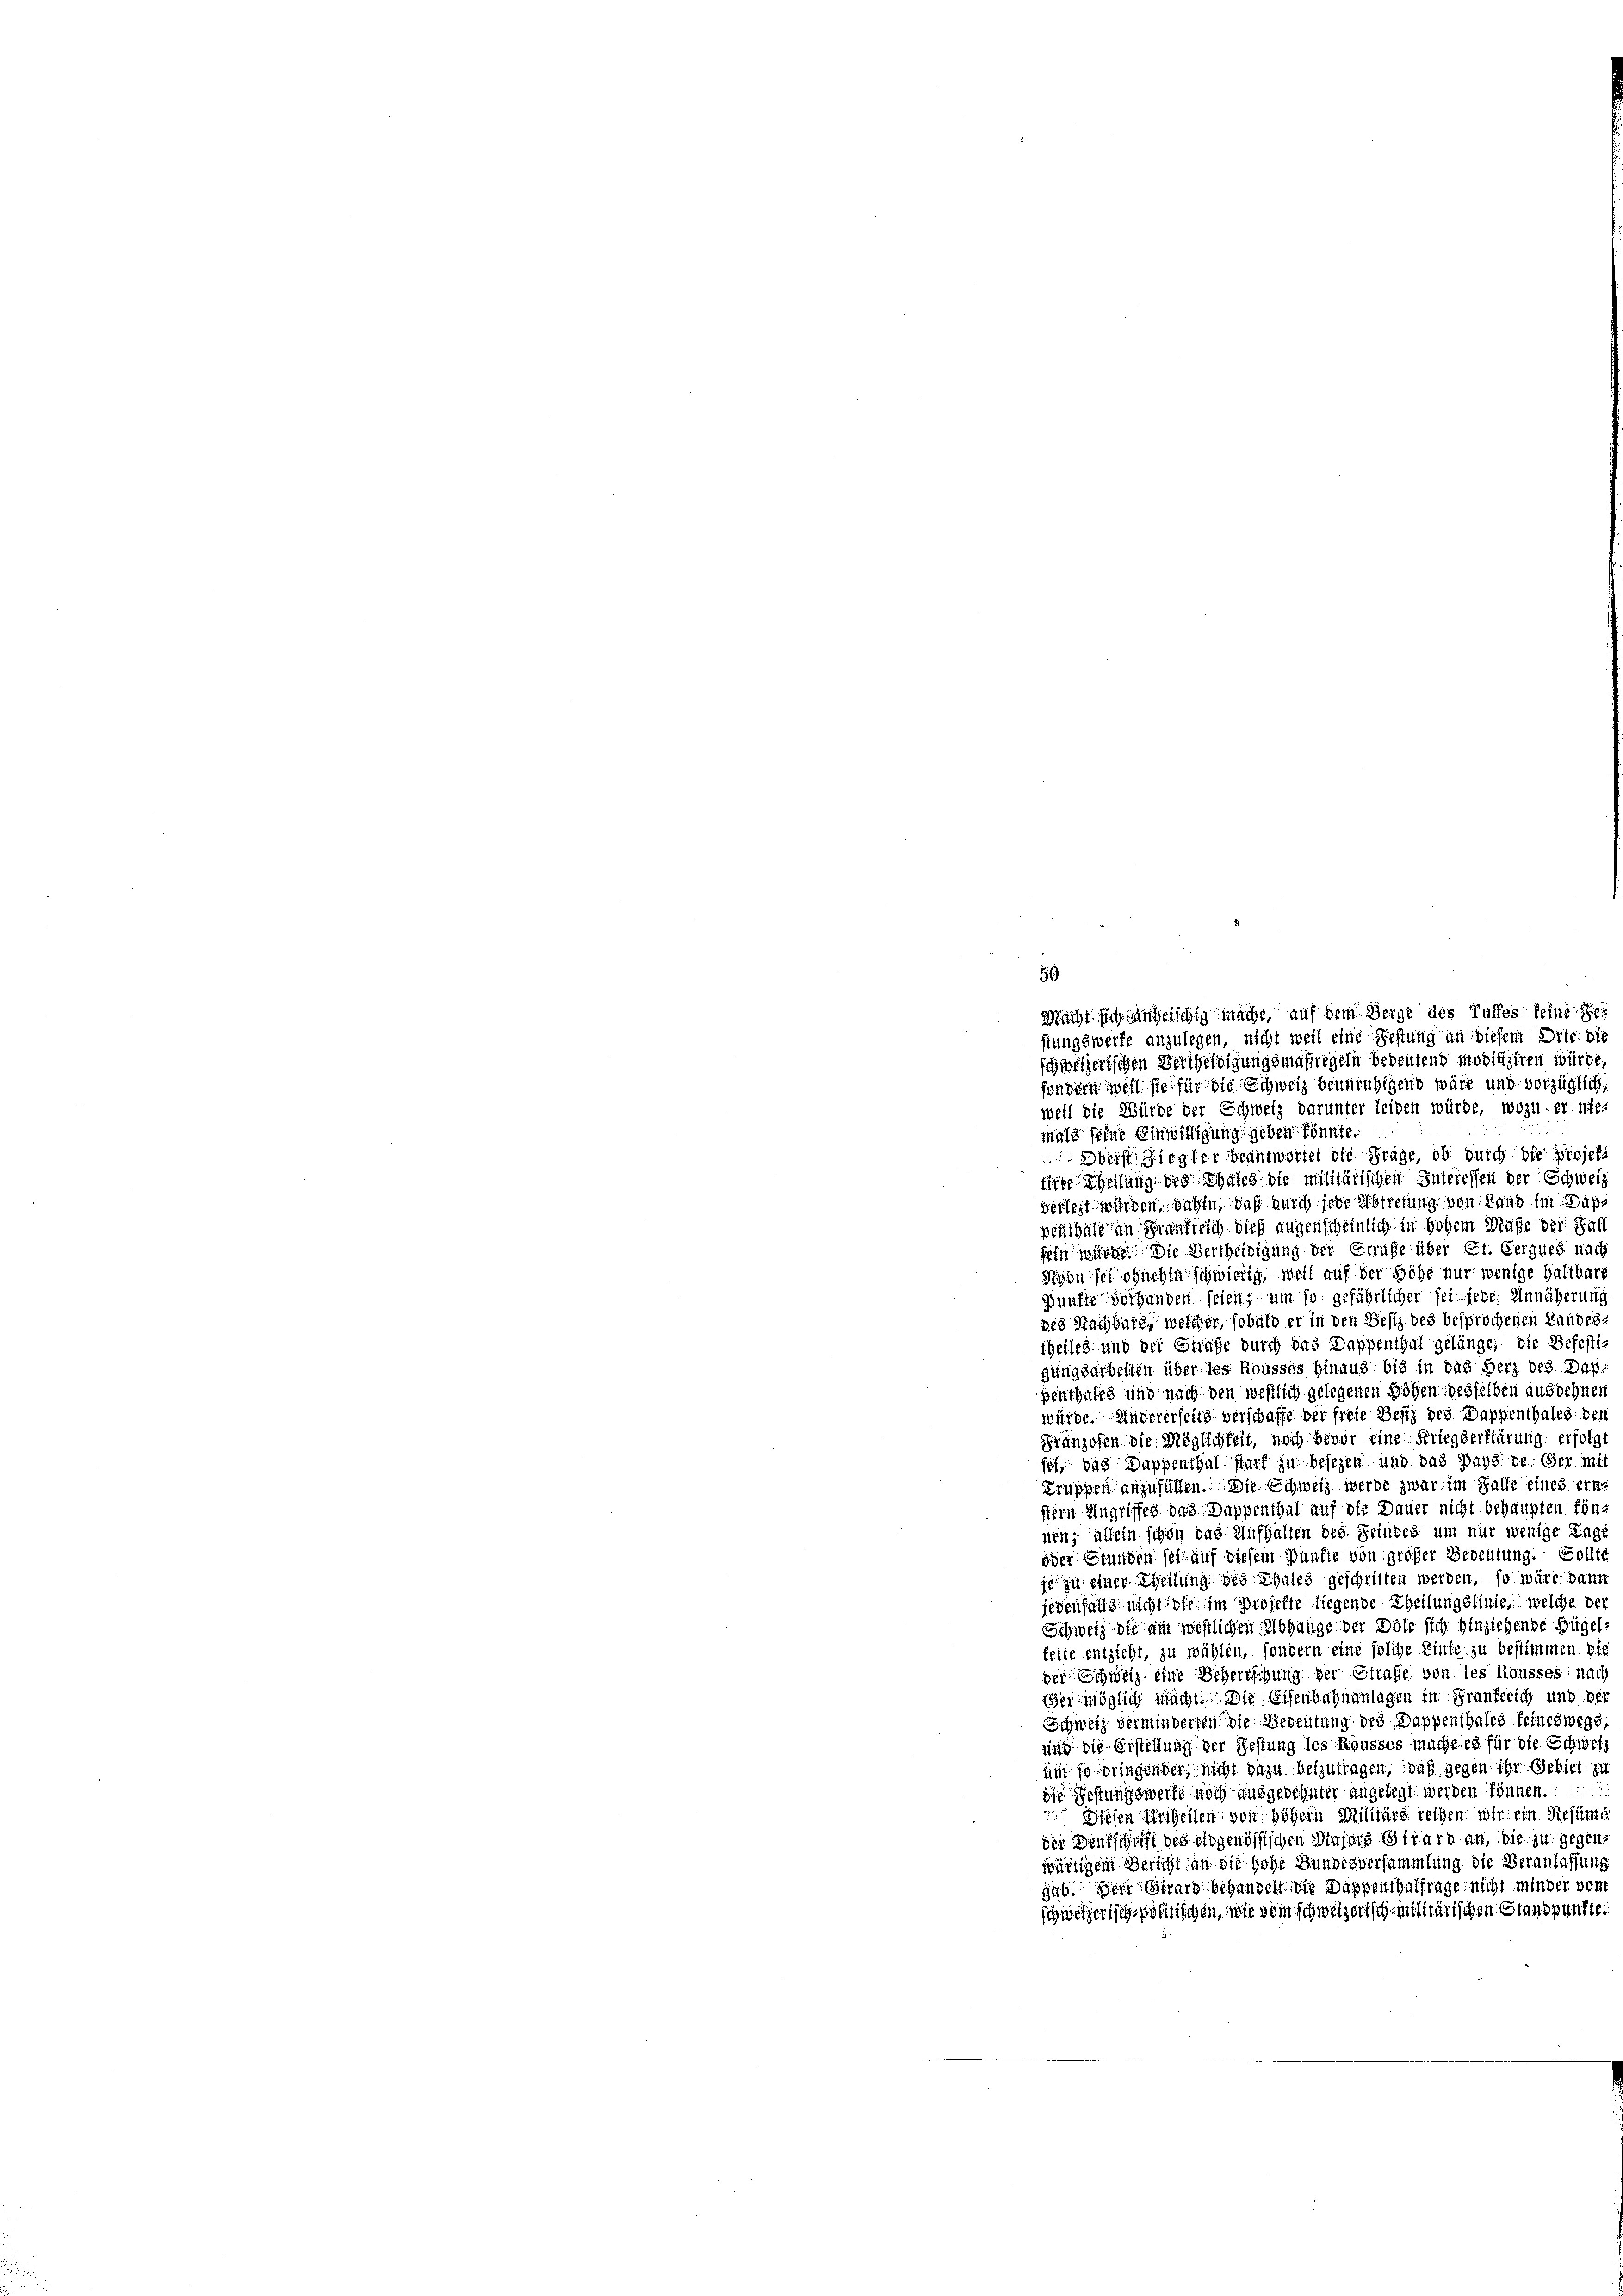
schweizertsichen Vertheidigungsmaßregeln bedeutend modifiziren würde
sondern weil sie für die Schweiz beunruhigend wäre und vorzüglich,
weil die Würde der Schweiz darunter leiden würde, wozu erintei
mals seine Einwilligung geben könnte.
Oberst Ziegler beantwortet die Frage, ob durch die projekt
ire Theilung des Thales die militärischen Interessen der Schweiz
vorlegt würden dahin, daß durch jede Abtretung von Land im Dußpenthale an Frankreich dies augenscheinlich in hohem Muße der Fall
fein würde. Die Vertheidigung der Strafe über St. Gerques nach
Digon sei ohnehin schwierig, weil auf der Höhe nur wenige haltbark
Fünfte vorhanden seien, um so gefährlicher sei jede Annäherung
des Nachbarg, welcher, sobald er in den Besitz des besprochenen Landestheileg und der Strafe durch das Dappenthal gelänge, die Befesti-
gungsarbeiten über des Rousses hinaus bis in das Herz des Dap:
penthales und nach den westlich gelegenen Höhen desselben ausdehnen
würde. Andererseits verschaffe der freie Besti des Dappenthales den
Franzosen, die Möglichkeit, noch bevor eine Kriegserklärung erfolgt
fet, das Dappenthal starf zu besezen und das pays de der mit
Truppen anzufüllen. Die Schweiz werde zwar im Falle eines erne
stern Ungriffes das Dappenthal auf die Dauer nicht behaupten fön-
nen; allein schon das Aufhalten des Feindes um nur wenige Tage
oder Stunden sei auf diesem Bünfte von großer Bedeutung: Sollte
je zu einer Theilung des Chales geschritten werden, so wäre dann
jedenfalls nicht die im Projekte liegende Theilungslinie, welche der
Schweiz die am westlichen Abhange der Dole sich hinziehende Hügel:
felte entzieht, zu wählen, sondern eine solche Einte zu bestimmen. Die
der Schweiz eine Scherischung der Strafe von des Rousses nach
Sei möglich macht. Die Eisenbahnanlagen in Frankreich und der
Schweiz verminderten die Bedeutung des Dappenthales feineswegs,
und die Erstellung der Festung des Rousses mache es für die Schweiz
um so bringender nicht dazu beizutragen, daß gegen ihr Gebiet zu
die Festungswerke noch ausgedehnter angelegt werden können.
 Diesen Urtheilen von höhern Militärs reihen wir ein Resume
der Deutschrift des eidgenössischen Majors Girard an, die zu gegenwärtigem Bericht an die hohe Bundesversammlung die Veranlassung
gab. Der Girard behandelt die Dappenthalfrage nicht minder von
schweizerisch-politischen, wie vom schweizerisch-militärischen Standpunkte.

50

Mächt sich angelschig mache, auf dem Weige des Tuffes feine ge
stungswerfe anzulegen, nicht weil eine Festung an diesem Orte die